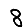
Digit: 8